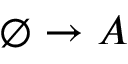
\emptyset \rightarrow A